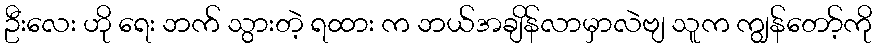
ဦးလေး ဟို ရေး ဘက် သွားတဲ့ ရထား က ဘယ်အချိန်လာမှာလဲဗျ သူက ကျွန်တော့်ကို